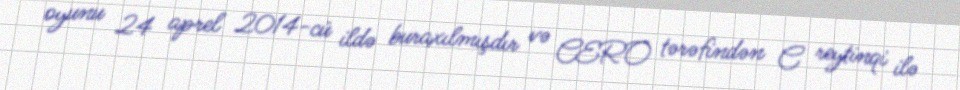
oyunu 24 aprel 2014-cü ildə buraxılmışdır və CERO tərəfindən C reytinqi ilə